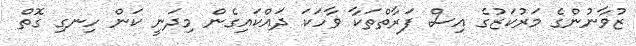
ޒުވާނުންގެ މަރުކަޒުގެ އިސް ފަރާތްތަކާ ވާހަކަ ދައްކައިގެން މިދަނީ ކަން ހިނގި ގޮތް